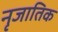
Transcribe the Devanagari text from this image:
नृजातिक